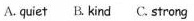
A. quiet B.Kind C. Strong